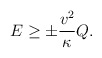
\begin{align*}E \ge \pm \frac{v^2}{\kappa} Q.\end{align*}